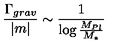
\frac { \Gamma _ { g r a v } } { | m | } \sim \frac { 1 } { \log \frac { M _ { P l } } { M _ { * } } }